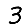
Digit: 3